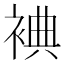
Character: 𲀵